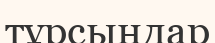
тұрсыңдар